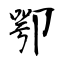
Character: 卾